Note on the mental hospitals in Burma - 1925-1940
Year: 1925
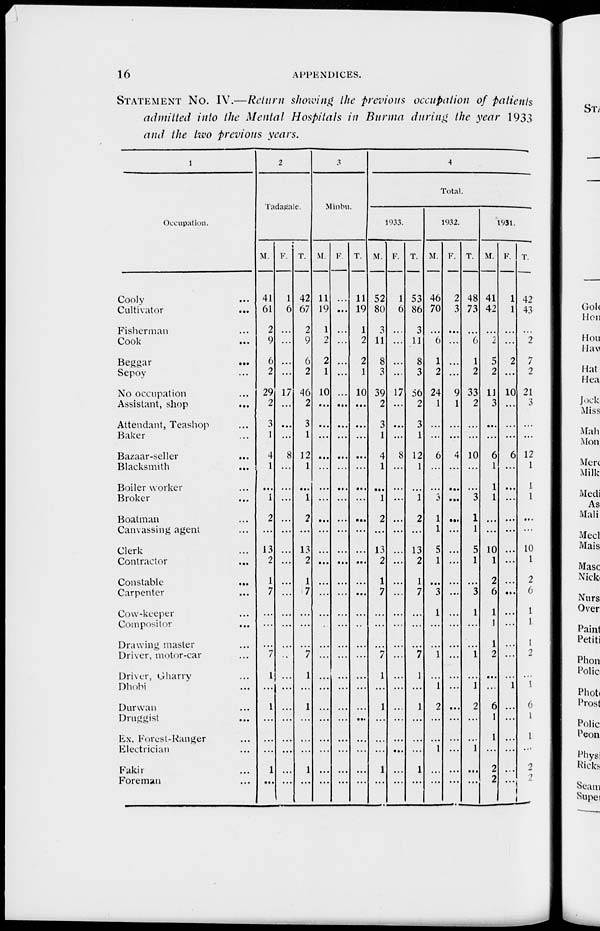
16
APPENDICES.
STATEMENT No. IV.—Return showing the previous occupation of patients
admitted into the Mental Hospitals in Burma during the year 1933
and the two previous years.
1
Occupation.
Cooly ...
Cultivator
...
Fisherman ...
Cook
...
Beggar ...
Sepoy ...
No occupation ...
Assistant, shop
...
Attendant, Teashop ...
Baker ...
Bazaar-seller ...
Blacksmith
...
Boiler worker ...
Broker ...
Boatman ...
Canvassing agent ...
Clerk ...
Contractor ...
Constable ...
Carpenter ...
Cow-keeper ...
Compositor ...
Drawing master ...
Driver, motor-car ...
Driver, Gharry ...
Dhobi ...
Durwan ...
Druggist ...
Ex. Foresl-Ranger ...
Electrician ...
Fakir ...
Foreman ...
2
Tadagale.
M.
41
61
2
9
6
2
29
2
3
1
4
1
...
1
2
...
13
2
1
7
...
...
...
7
1
...
1
...
...
...
1
...
F.
1
6
...
...
...
...
17
...
...
...
8
...
...
...
...
...
...
...
...
...
...
...
...
..
...
...
...
...
...
...
...
...
T.
42
67
2
9
6
2
46
2
3
1
12
1
...
1
2
...
13
2
1
7
...
...
...
7
1
...
1
...
...
...
1
...
3
Minbu.
M.
11
19
1
2
2
1
10
...
...
...
...
...
...
...
...
...
...
...
...
...
...
...
...
...
...
...
...
...
...
...
...
...
F.
...
...
...
...
...
...
...
...
...
...
...
...
...
...
...
...
...
...
...
...
...
...
...
...
...
...
...
...
...
...
...
...
T.
11
19
1
2
2
1
10
...
...
...
...
...
...
...
...
...
...
...
...
...
...
...
...
...
...
...
...
...
...
...
...
...
4
Total.
1933.
M.
52
80
3
11
8
3
39
2
3
1
4
1
...
1
2
...
13
2
1
7
...
...
...
7
1
...
1
...
...
...
1
...
F.
1
6
...
...
...
...
17
...
...
...
8
...
...
...
...
...
...
...
...
...
...
...
...
...
...
...
...
...
...
...
...
...
T.
53
86
3
11
8
3
86
2
3
1
12
1
...
1
2
...
13
2
1
7
...
...
...
7
1
...
1
...
...
...
1
...
1932.
M.
46
70
...
6
1
2
24
1
...
...
6
...
...
3
1
1
5
1
...
3
1
...
...
1
...
1
2
...
...
1
...
...
F.
2
3
...
...
...
...
9
1
...
...
4
...
...
...
...
...
...
...
...
...
...
...
...
...
...
...
...
...
...
...
...
...
T.
48
73
...
6
1
2
33
2
...
...
10
...
...
3
1
1
5
1
...
3
1
...
...
1
...
1
2
...
...
1
...
...
1931.
M.
41
42
...
2
5
2
11
3
...
...
6
1
1
1
...
...
10
1
2
6
1
1
1
2
...
...
6
1
1
...
2
2
F.
1
1
...
...
2
...
10
...
...
...
6
...
...
...
...
...
...
...
...
...
...
...
...
...
...
1
...
...
...
...
...
...
T.
42
43
...
2
7
2
21
3
...
...
12
1
1
1
...
...
10
1
2
6
1
1
1
2
...
1
6
1
1
...
2
2